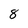
Character: 8